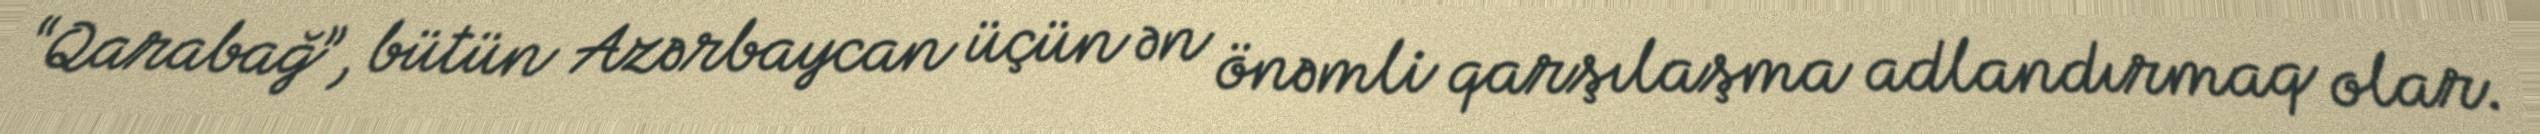
“Qarabağ”, bütün Azərbaycan üçün ən önəmli qarşılaşma adlandırmaq olar.